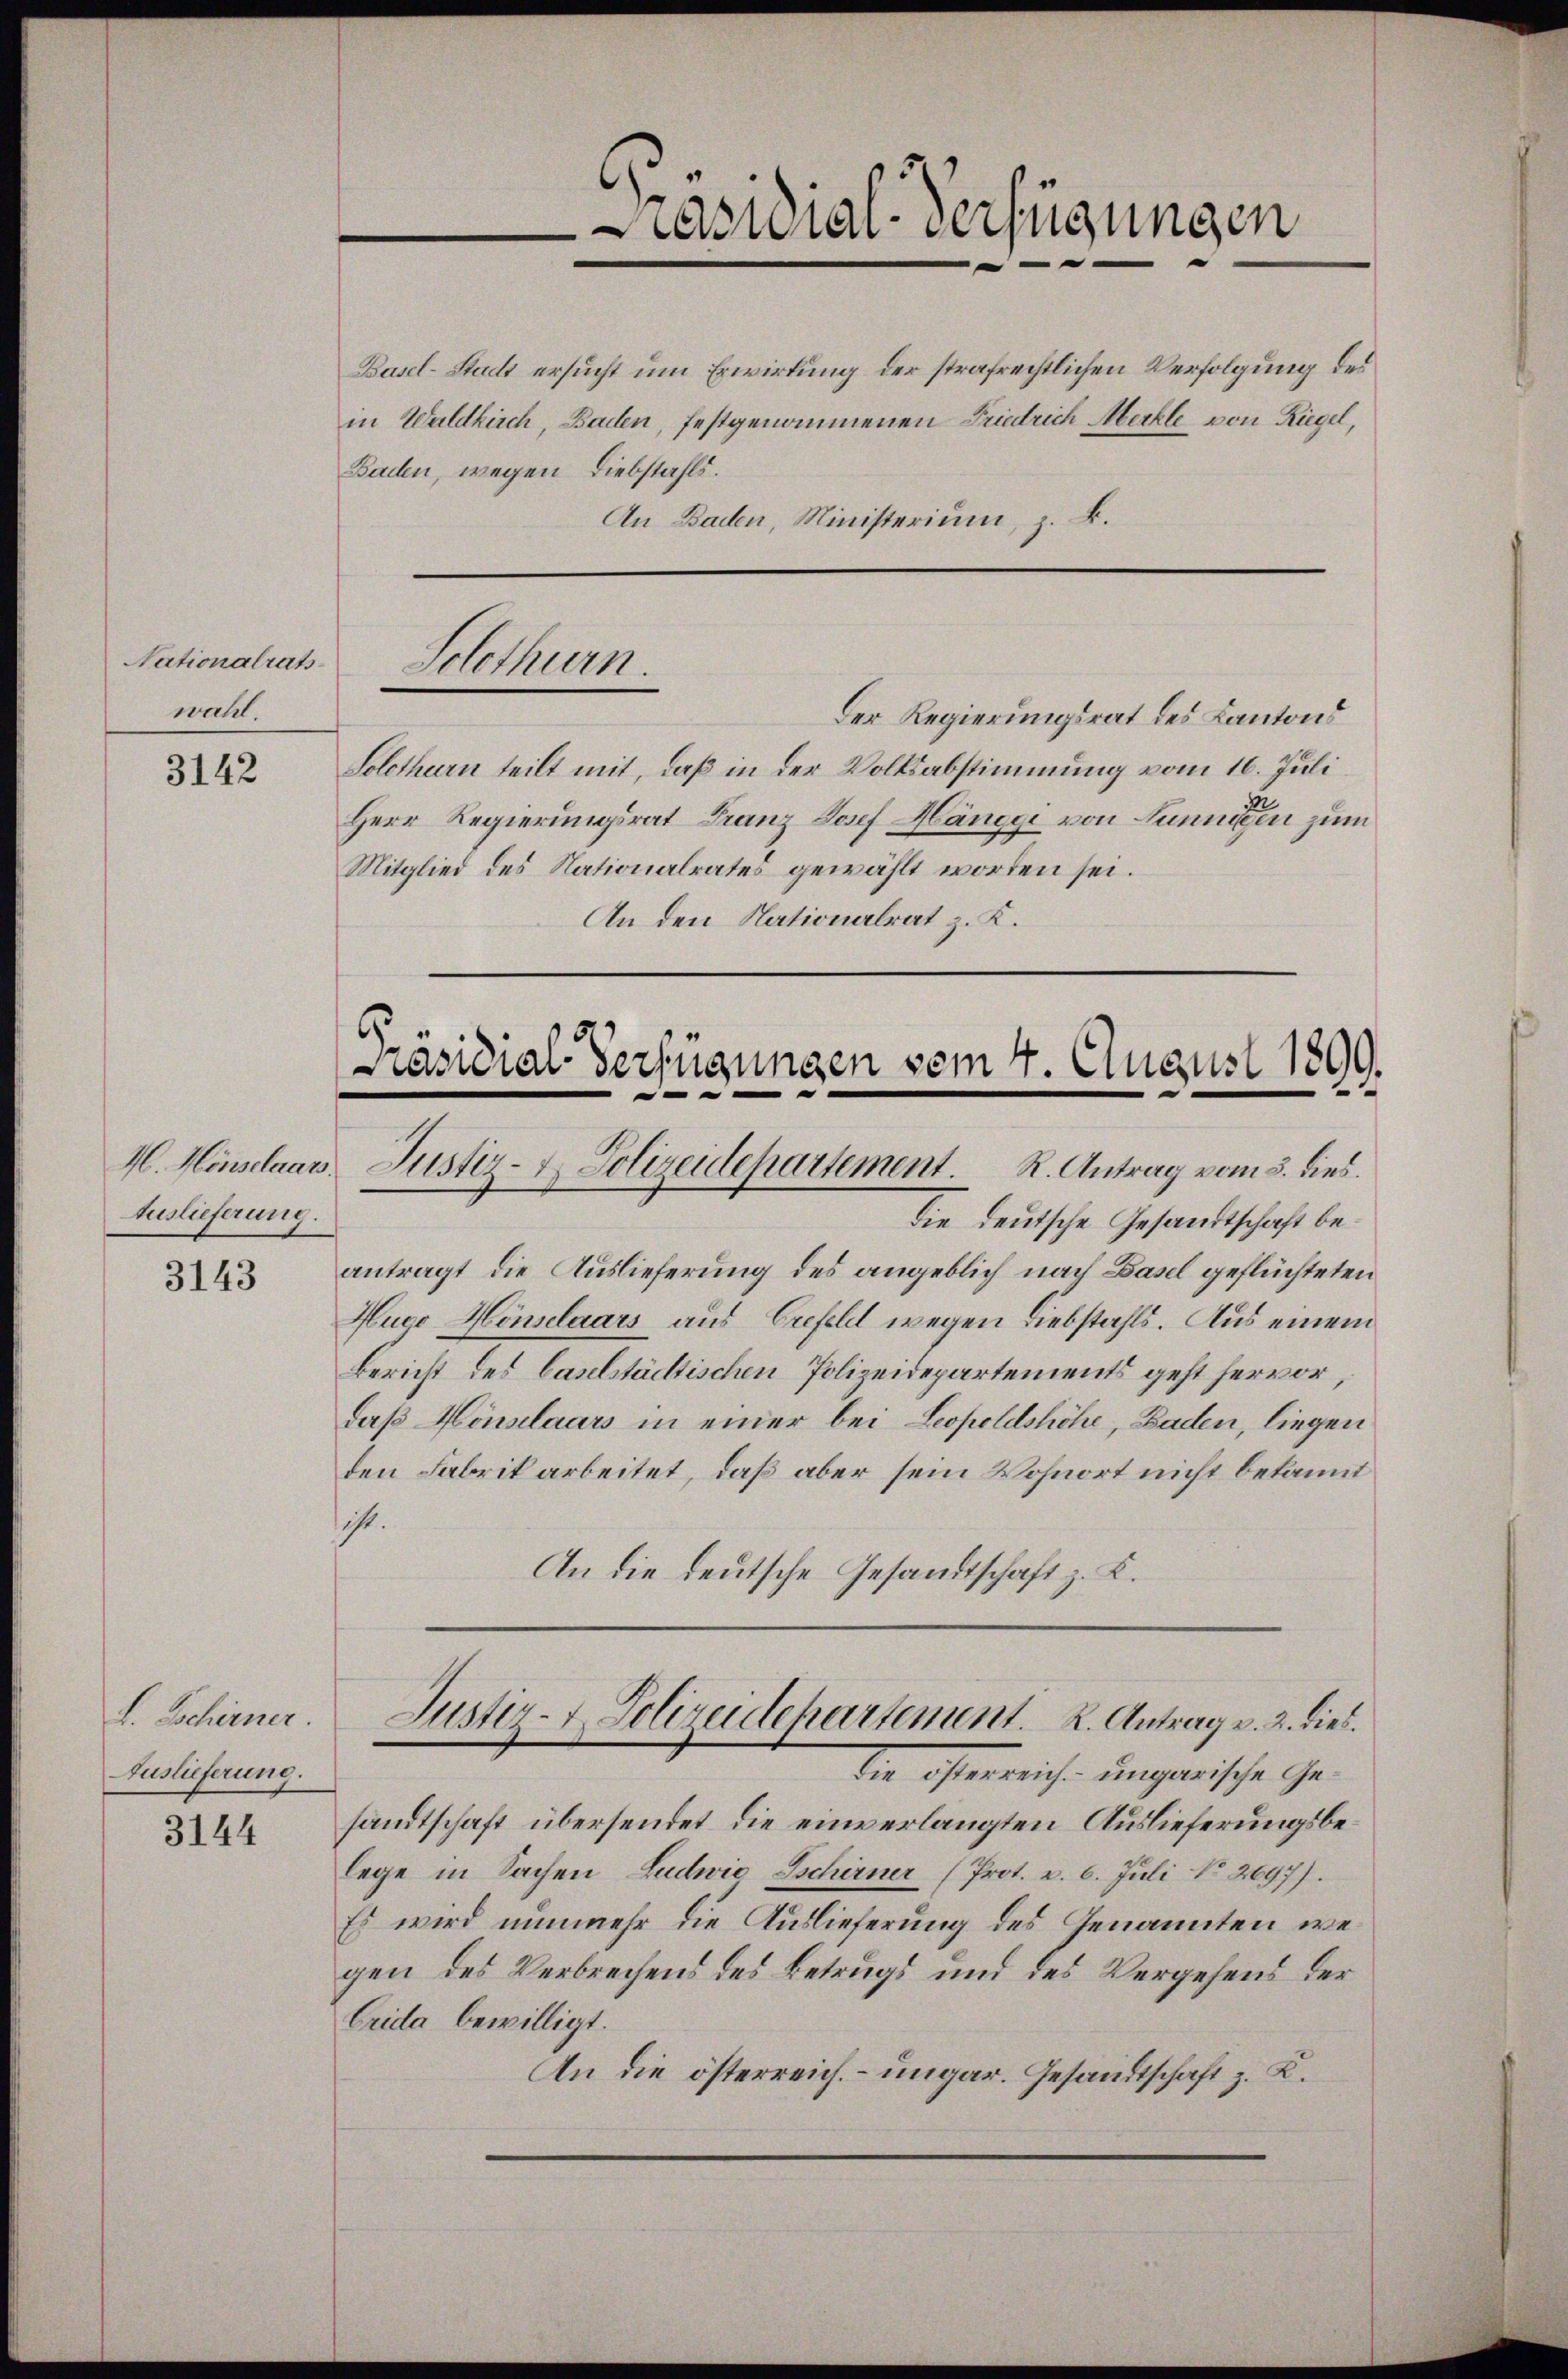
Nationalrats
wahl.

3142

3143

S. Scheiner.
Auslieferung.

3144

H. Menschaar.
Auslieferung.

räsidial-Verfügungen

Basel-Stadt ersucht um Erwirkung der strafrechtlichen Verfolgung des
in Waldkirch, Baden, festgenommenen Friedrich Merkle von Riegel,
Baden, wegen Diebstahls.
An Baden, Ministerium, z. B.

Solothurn.

Der Regierungsrat des Kantons
Solothurn teilt mit, daß in der Volksabstimmung vom 16. Juli
Herr Regierungsrat Franz Josef Hänge von Lunnigen zum
Mitglied des Nationalrates gewählt worden sei.
An den Nationalrat z. K.

Die deutsche Gesandtschaft beantragt die Auslieferung des angeblich nach Basel geflüchteten
Huco Hönsclaars aus Grefeld wegen Liebstahls. Aus einem
Bericht des Caselstädtischen Polizeidepartements geht hervor,
daß Hönslaars in einer bei Leopoldshöhe, Baden, liegen
den Fabrik arbeitet, daß aber sein Wohnort nicht bekannt
ist.
An die deutsche Gesandtschaft z. K.

Präsidial-Verfügungen vom 4. August 1891
e

Justiz- & Polizeidepartement. R. Antrag vom 3. dies.

die ohnerreiche ungarische Gesandtschaft übersendet, die einverlangten Auslieferungsbelege in Sachen Ludwie Schirner (Prot. v. 6. Juli No 2697).
Es wird nunmehr die Auslieferung des Genannten wegen des Verbrechens des Betrugs und des Vergehens der
Erida bewilligt.
An die österreich. – ungar. Gesandtschaft z. R.

Juster- & Polizeidehartement. K. Antrag v. 2. dies
b